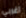
اغربي